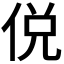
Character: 侻